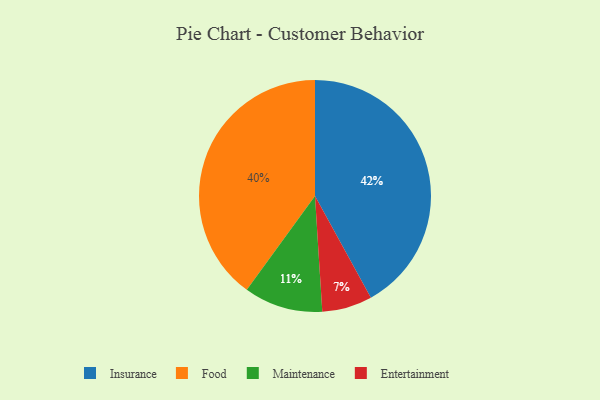
{"axis": {"x": "Category", "y": "Percentage"}, "legend": ["Entertainment", "Food", "Insurance", "Maintenance"], "data": [{"x": "Insurance", "y": 42, "type": "Insurance"}, {"x": "Maintenance", "y": 11, "type": "Maintenance"}, {"x": "Entertainment", "y": 7, "type": "Entertainment"}, {"x": "Food", "y": 40, "type": "Food"}]}